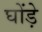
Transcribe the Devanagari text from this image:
घोंड़े